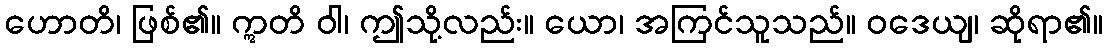
ဟောတိ၊ ဖြစ်၏။ ဣတိ ဝါ၊ ဤသို့လည်း။ ယော၊ အကြင်သူသည်။ ဝဒေယျ၊ ဆိုရာ၏။